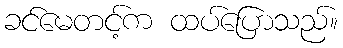
ခင်မေတင့်က ထပ်ပြောသည်။